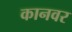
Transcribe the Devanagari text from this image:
कानवर